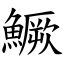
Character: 鱖